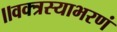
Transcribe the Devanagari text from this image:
॥वक्त्रस्याभरणं